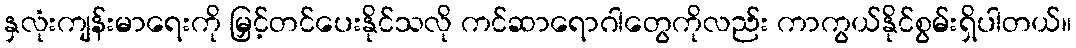
နှလုံးကျန်းမာရေးကို မြှင့်တင်ပေးနိုင်သလို ကင်ဆာရောဂါတွေကိုလည်း ကာကွယ်နိုင်စွမ်းရှိပါတယ်။